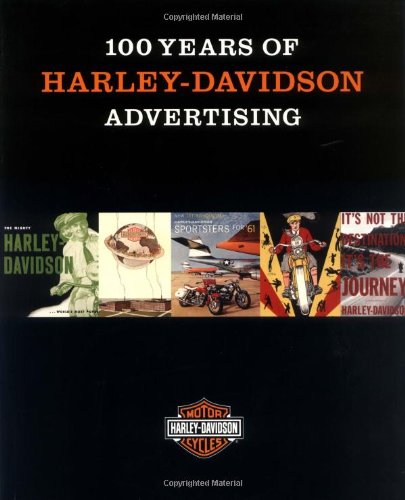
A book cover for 100 Years of Harley-Davidson Advertising; Jack Supple; Crafts, Hobbies & Home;